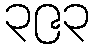
၃၉၃